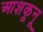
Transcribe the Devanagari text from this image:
आशकूनू